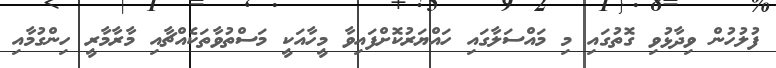
ފުލުހުން ވިދާޅުވި ގޮތުގައި މި މައްސަލާގައި ހައްޔަރުކޮށްފައިވާ މީހާއަކީ މަސްތުވާތަކެއްޗާއި މާރާމާރީ ހިންގުމާއި